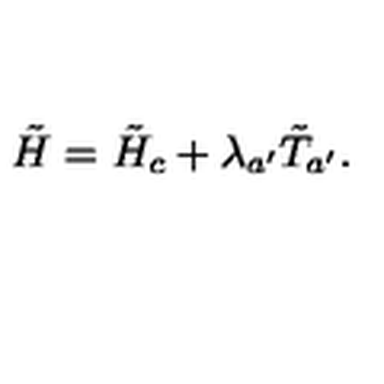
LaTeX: \tilde { H } = \tilde { H } _ { c } + \lambda _ { a ^ { \prime } } \tilde { T } _ { a ^ { \prime } } .